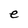
Character: e